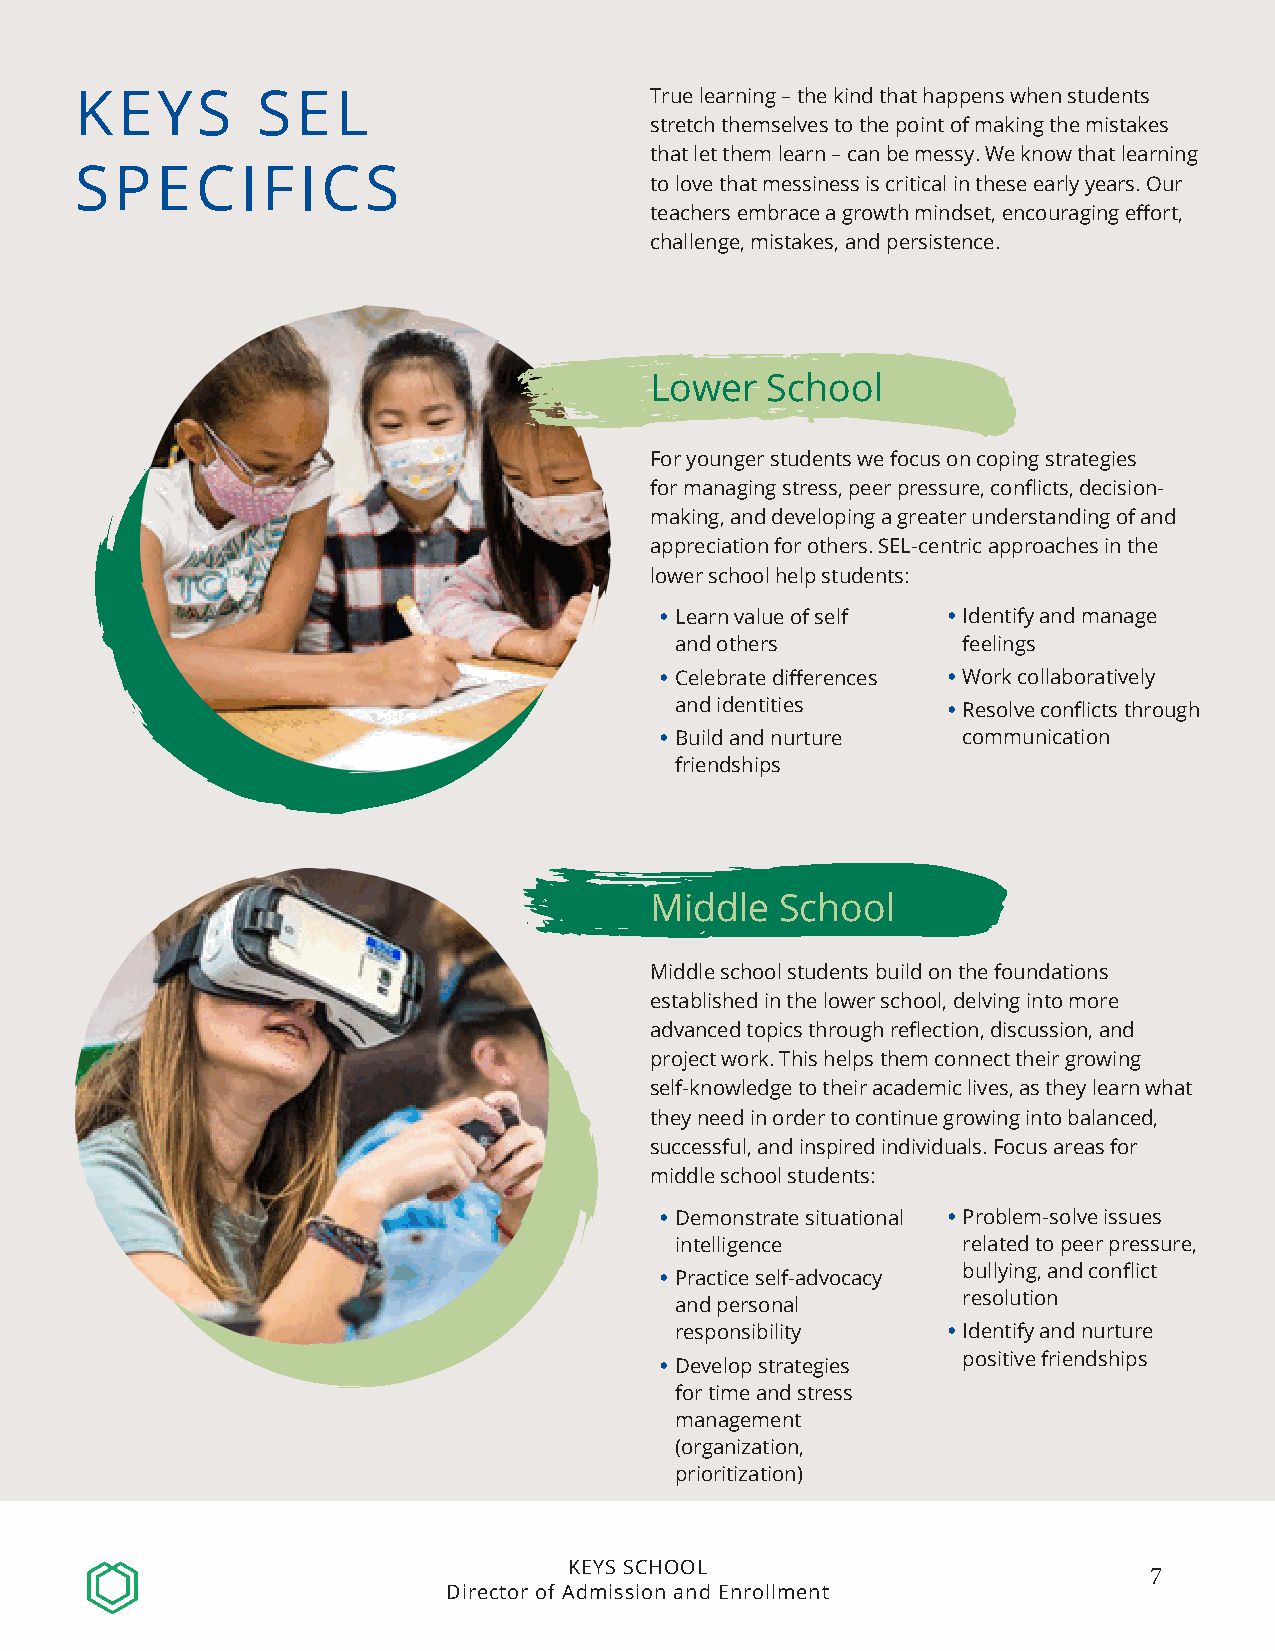
KEYS        SEL                       True learning – the kind that happens when students
 stretch themselves to the point of making the mistakes
 that let them learn – can be messy. We know that learning
 SPECIFICS
 to love that messiness is critical in these early years. Our
 teachers embrace a growth mindset, encouraging effort,
 challenge, mistakes, and persistence.
 Lower   School
 For younger students we focus on coping strategies
 for managing stress, peer pressure, conflicts, decision-
 making, and developing a greater understanding of and
 appreciation for others. SEL-centric approaches in the
 lower school help students:
 • Learn value of self • Identify and manage
 and others         feelings
 • Celebrate differences • Work collaboratively
 and identities    • Resolve conflicts through
 • Build and nurture communication
 friendships
 Middle   School
 Middle school students build on the foundations
 established in the lower school, delving into more
 advanced topics through reflection, discussion, and
 project work. This helps them connect their growing
 self-knowledge to their academic lives, as they learn what
 they need in order to continue growing into balanced,
 successful, and inspired individuals. Focus areas for
 middle school students:
 • Demonstrate situational • Problem-solve issues
 intelligence       related to peer pressure,
 bullying, and conflict
 • Practice self-advocacy
 resolution
 and personal
 responsibility    • Identify and nurture
 positive friendships
 • Develop strategies
 for time and stress
 management
 (organization,
 prioritization)
 KEYS SCHOOL
 7
 Director of Admission and Enrollment